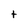
Character: t